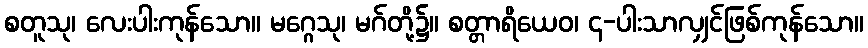
စတူသု၊ လေးပါးကုန်သော။ မဂ္ဂေသု၊ မဂ်တို့၌။ စတ္တာရိယေဝ၊ ၄-ပါးသာလျှင်ဖြစ်ကုန်သော။